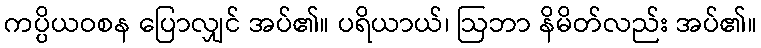
ကပ္ပိယဝစန ပြောလျှင် အပ်၏။ ပရိယာယ်၊ ဩဘာ နိမိတ်လည်း အပ်၏။